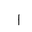
Letter: _alif